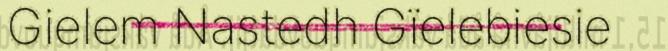
Gielem Nastedh Gïelebiesie